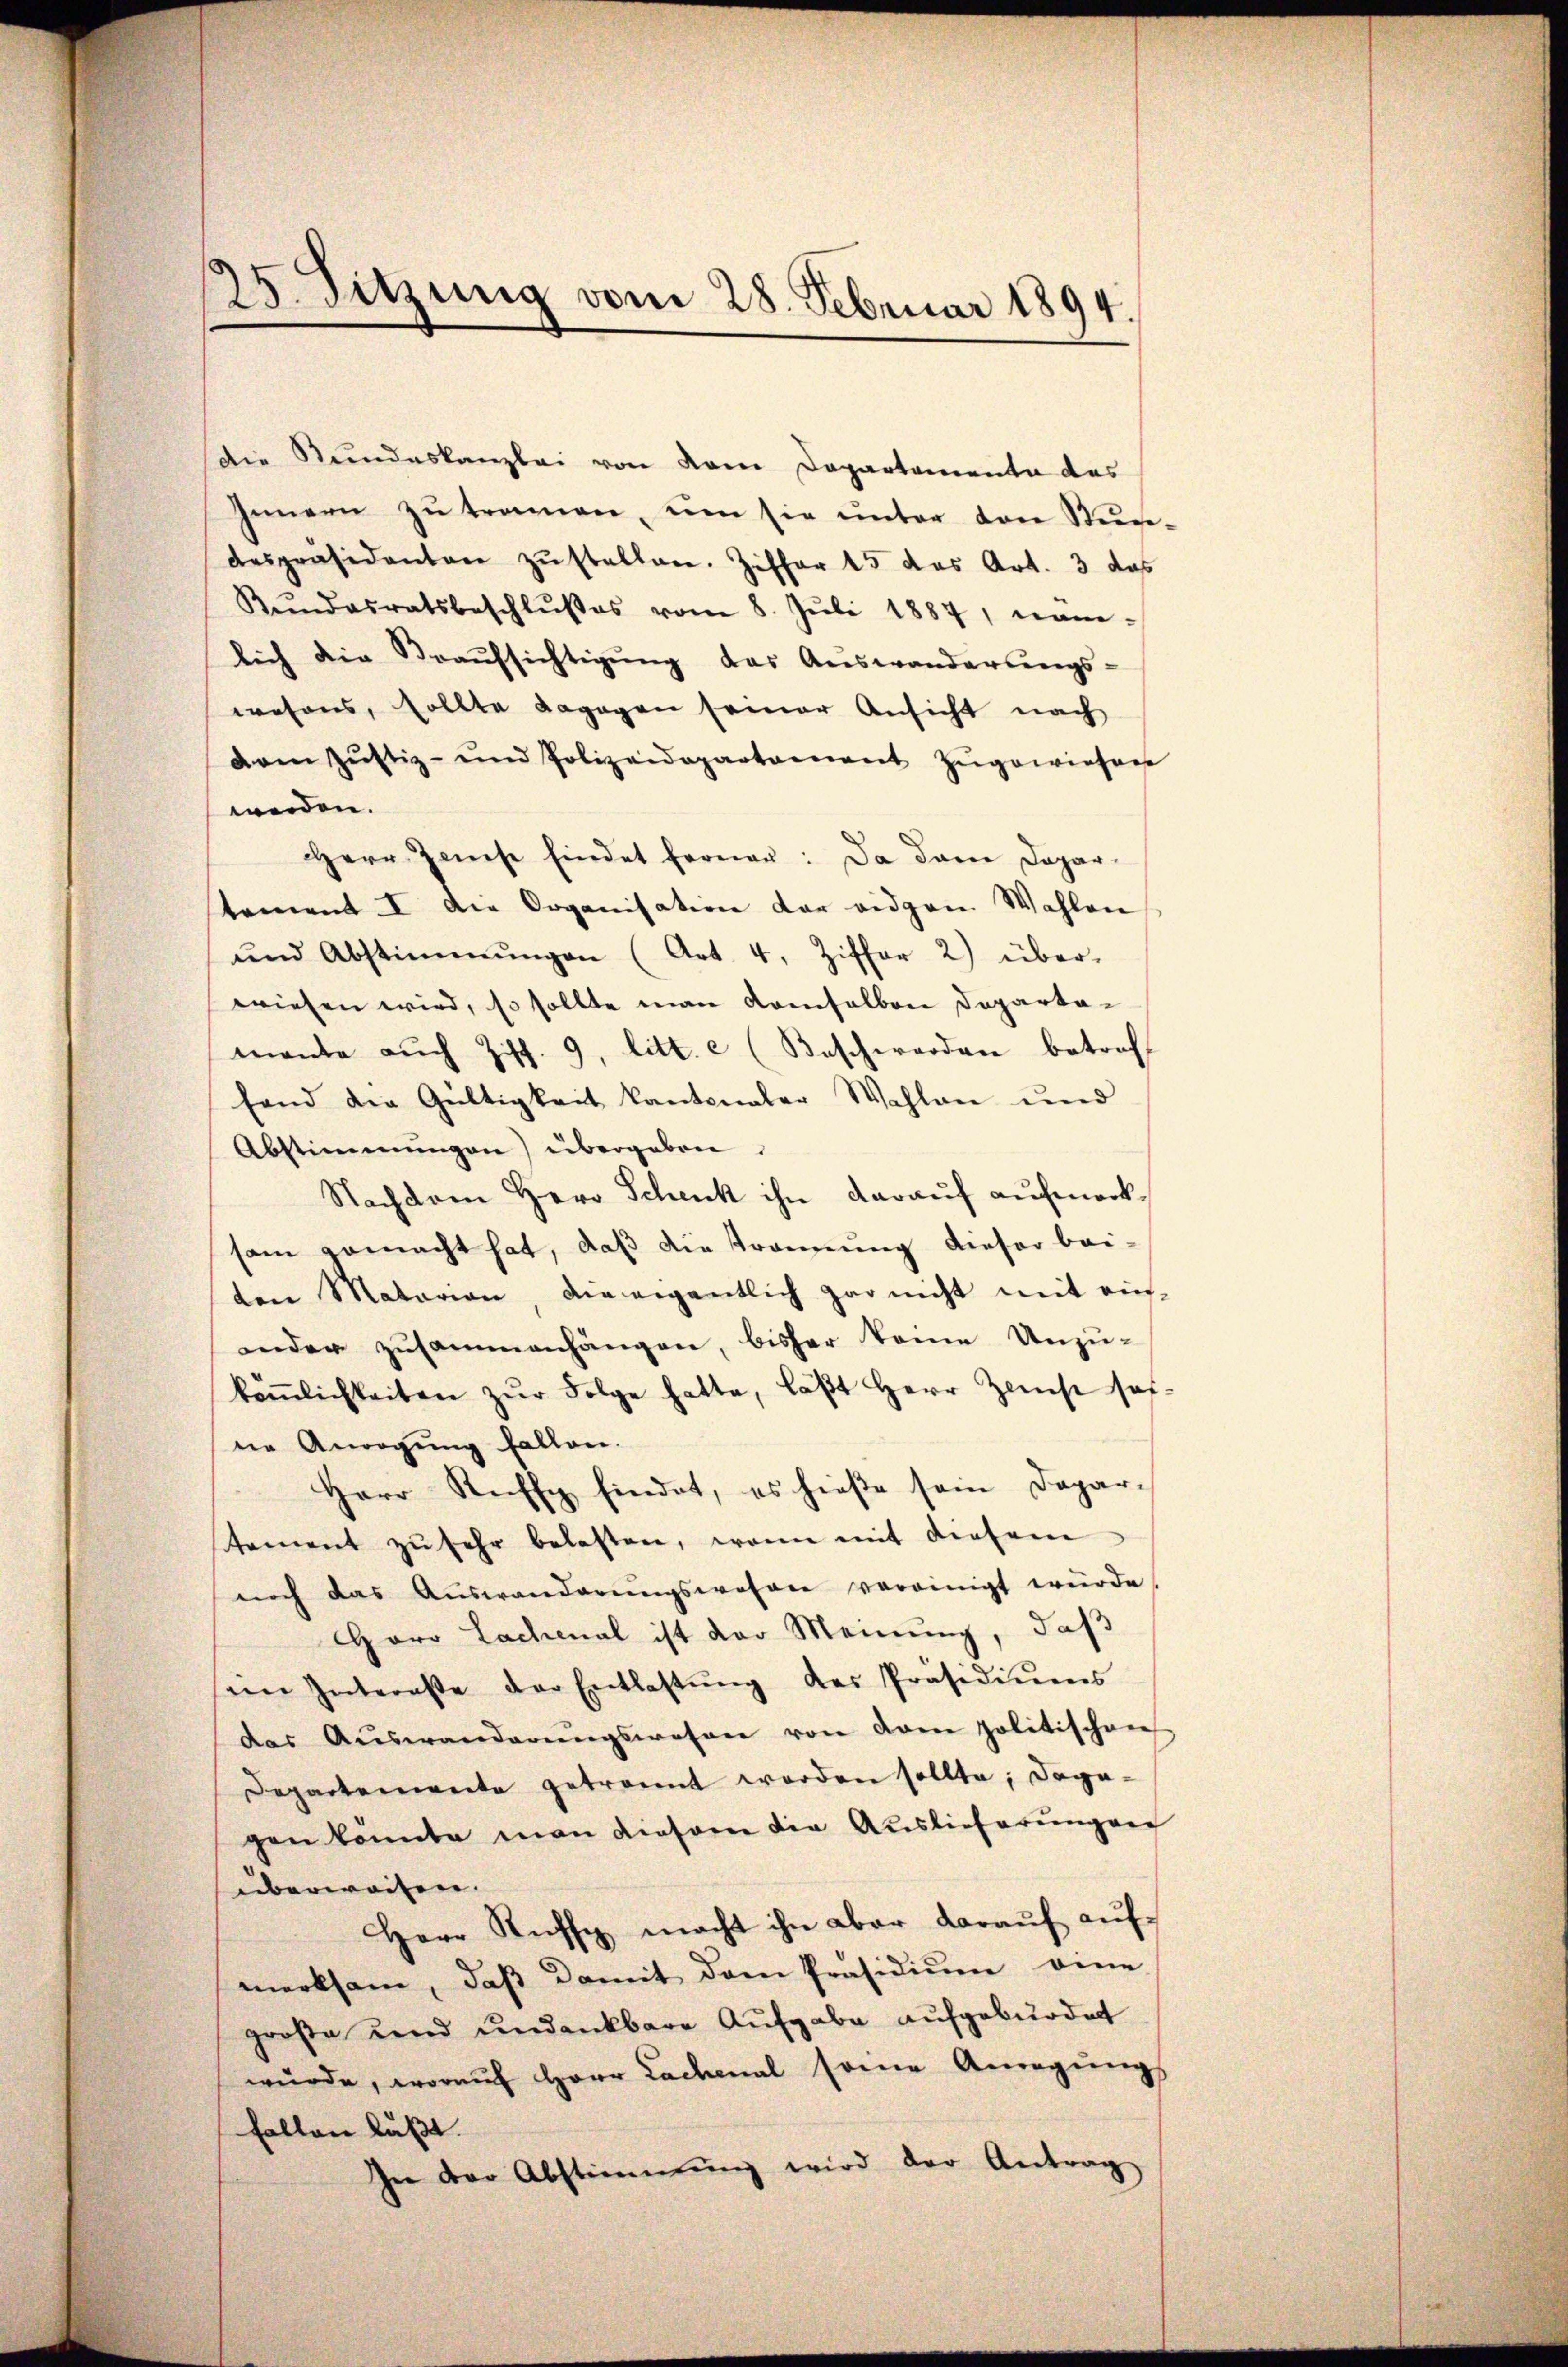
25. Sitzung vom 28. Februar 1894.

Die Stundeskanzlei von dem Departementa das
Innern zu tramen, um sie unter den Stundespräsidenten zŭstellen. Ziffer 15 das Art. 3 das
Kŭndesratsbeschlŭβes vom 8. Jŭli 1887, nam-
lich die Straŭfsichtigung das Auswanderŭngs-
wesens, sollte dagegen seiner Ansicht nach
dam Jŭstiz- und Polizeidepartament zugewiesen
werden.
Herr Jamese findet ferner: Da dann Departement I die Organisation der eidgen. Wahlen
ŭnd Abstimmungen (Art. 4, Ziffer 2) über-
wiesen wird, so sollte man demselben Departamante auch Ziff. 9, litt. c (Beschwerden betreff
fand die Gültigkeit kantonaler Wahlen und
Abstimmungen) übergeben.
Nachdem Herr Schenk ihn darauf aufmerksam gemacht hat, daß die Trennung dieser bei-
den Matarian, die eigentlich gar nicht mit ein-
inder zusammenhängen, bisher keine Unzu-
käṁlichkeiten zŭr Folge hatte, läβt Herr Zeicht hat.
ne Anregung fallen.
Herr Reffy findet, es hieße sein Dapar-
tement zŭ sehr belasten, wenn mit diesem
noch das Aŭswanderŭngswahre vereinigt würde
Goro Lachenal ist der Meinung, daß
sein Intereße der Entlastŭng des Präsidiŭms
das Aŭswanderŭngswesen von den politischen
Departemente getrannt werden sollte; dagegen könnte man diesem die Auslieferungen
überweiten.
Herr Ruffe macht ihn aber daraŭf aŭf-
merksam, daβ damit dem Präsidiŭm eine
große und undankbare Aufgabe aufgebürdet
würde, worauf Herr Ladmal seine Anregungs
fallen läßt.
In der Abstimmung wird der Antrag